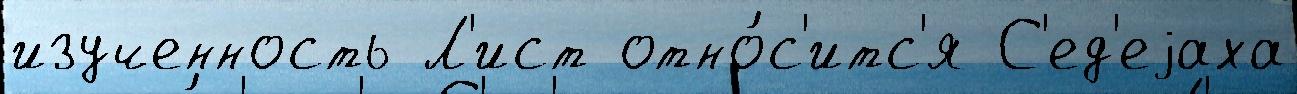
изученность Л'ист отно́с'итс'я С'ед'еjаха